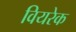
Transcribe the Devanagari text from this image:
वियरेक